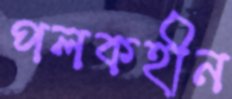
পলকহীন